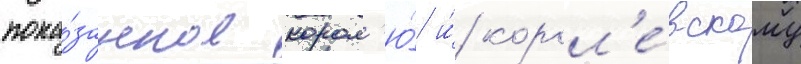
пока́занное корол'ю́ и́ корол'е́вскому